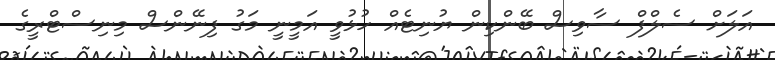
އަލަށް ސެލްފް ސާވިސް ބޭންކިން ޔުނިޓެއް ހުޅުވީ އަމީނީ މަގު ފިނޭންސް މިނިސްޓްރީގެ